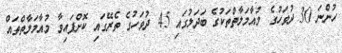
ހުންނަ 30 ދުވަހުގެ މުއާމަލާތްތަކުގެ ބަދަލުގައި 45 ދުވަހުގެ ތެރޭގައި ކޮށްފައިވާ މުއާމަލާތްތައް